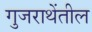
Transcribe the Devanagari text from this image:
गुजराथेंतील